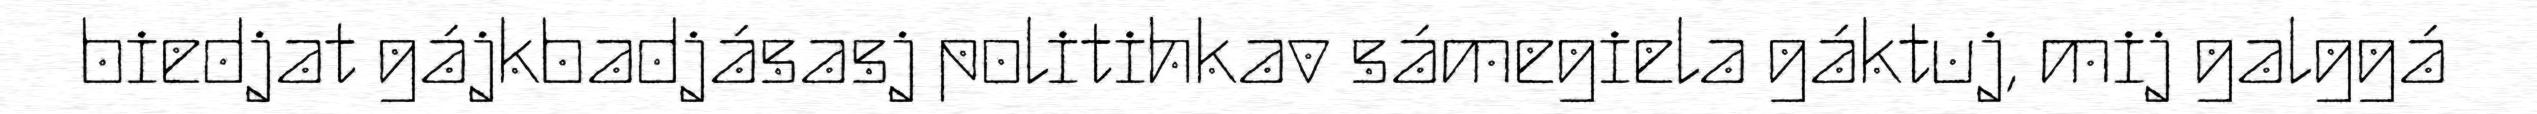
biedjat gájkbadjásasj politihkav sámegiela gáktuj, mij galggá